Proceedings of the meeting of veterinary officers in India
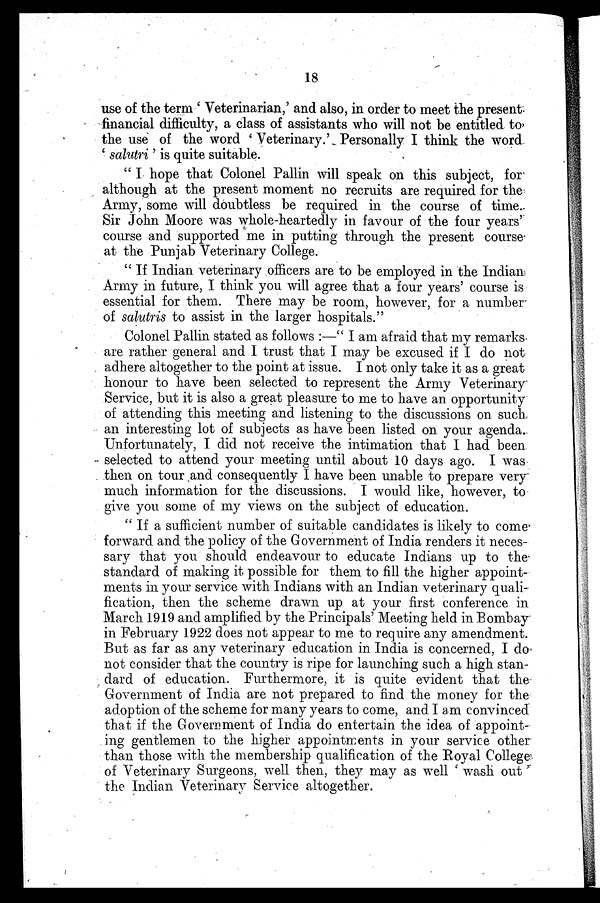
18
use of the term 'Veterinarian,' and also, in order to meet the present
financial difficulty, a class of assistants who will not be entitled to>
the use of the word 'Veterinary.' Personally I think the word
'salutri' is quite suitable.
"I hope that Colonel Pallin will speak on this subject, for
although at the present moment no recruits are required for the
Army, some will doubtless be required in the course of time.
Sir John Moore was whole-heartedty in favour of the four years'
course and supported me in putting through the present course
at the Punjab Veterinary College.
"If Indian veterinary officers are to be employed in the Indian
Army in future, I think you will agree that a four years' course is
essential for them. There may be room, however, for a number
of salutris to assist in the larger hospitals."
Colonel Pallin stated as follows:—"I am afraid that my remarks
are rather general and I trust that I may be excused if I do not
adhere altogether to the point at issue. I not only take it as a great
honour to have been selected to represent the Army Veterinary"
Service, but it is also a great pleasure to me to have an opportunity
of attending this meeting and listening to the discussions on such
an interesting lot of subjects as have been listed on your agenda.
Unfortunately, I did not receive the intimation that I had been
selected to attend your meeting until about 10 days ago. I was
then on tour and consequently I have been unable to prepare very
much information for the discussions. I would like, however, to
give you some of my views on the subject of education.
"If a sufficient number of suitable candidates is likely to come
forward and the policy of the Government of India renders it neces-
sary that you should endeavour to educate Indians up to the
standard of making it possible for them to fill the higher appoint-
ments in your service with Indians with an Indian veterinary quali-
fication, then the scheme drawn up at your first conference in
March 1919 and amplified by the Principals' Meeting held in Bombay
in February 1922 does not appear to me to require any amendment.
But as far as any veterinary education in India is concerned, I do
not consider that the country is ripe for launching such a high stan-
dard of education. Furthermore, it is quite evident that the
Government of India are not prepared to find the money for the
adoption of the scheme for many years to come, and I am convinced
that if the Government of India do entertain the idea of appoint-
ing gentlemen to the higher appointments in your service other
than those with the membership qualification of the Royal College
of Veterinary Surgeons, well then, they may as well 'wash out
the Indian Veterinary Service altogether.